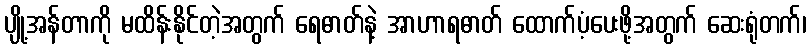
ပျို့အန်တာကို မထိန်းနိုင်တဲ့အတွက် ရေဓာတ်နဲ့ အာဟာရဓာတ် ထောက်ပံ့ပေးဖို့အတွက် ဆေးရုံတက်၊